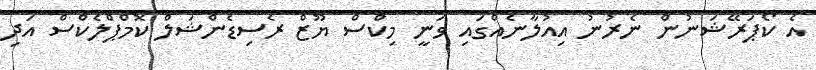
އެ ކޯޕަރޭޝަނުން ނެރުނު އިއުލާނެއްގައި ވަނީ މިކްސް ޔޫޒް ރެސިޑެންޝަލް ކޮމްޕްލެކްސް އަދި